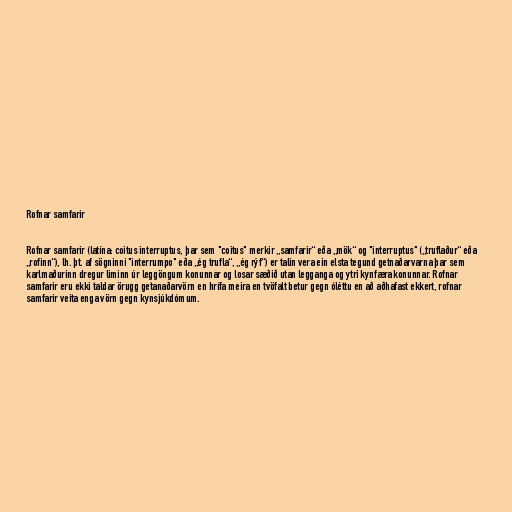
Rofnar samfarir

Rofnar samfarir (latína: coitus interruptus, þar sem "coitus" merkir „samfarir“ eða „mök“ og "interruptus" („truflaður“ eða
„rofinn“), lh. þt. af sögninni "interrumpo" eða „ég trufla“, „ég rýf“) er talin vera ein elsta tegund getnaðarvarna þar sem
karlmaðurinn dregur liminn úr leggöngum konunnar og losar sæðið utan legganga og ytri kynfæra konunnar. Rofnar
samfarir eru ekki taldar örugg getanaðarvörn en hrífa meira en tvöfalt betur gegn óléttu en að aðhafast ekkert, rofnar
samfarir veita enga vörn gegn kynsjúkdómum.